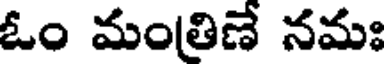
ఓం మంతిణే నమః